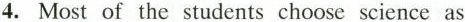
4. Most of the students choose science as